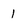
Character: 1